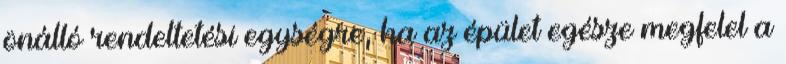
önálló rendeltetési egységre, ha az épület egésze megfelel a